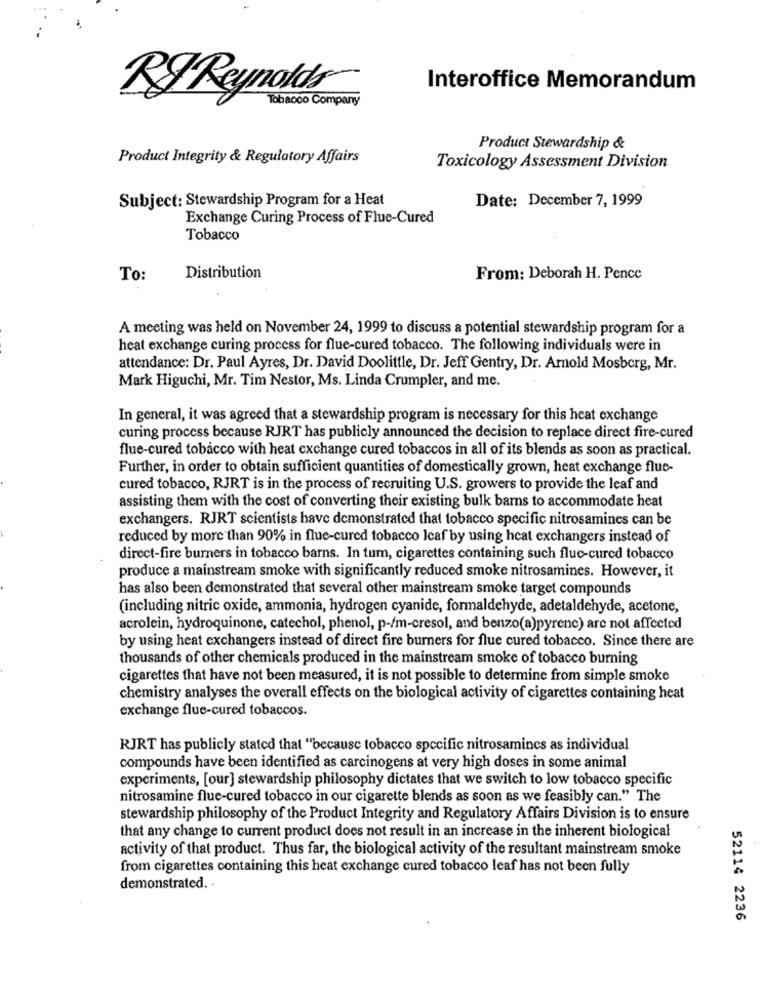
Interoffice Memorandum
RIReynolds
Tobacco Company
Product Stewardship &
Product Integrity & Regulatory Affairs
Toxicology Assessment Division
Subject: Stewardship Program for a Heat
Date: December 7, 1999
Exchange Curing Process of Flue-Cured
Tobacco
To:
Distribution
From: Deborah H. Pence
A meeting was held on November 24, 1999 to discuss a potential stewardship program for a
heat exchange curing process for flue-cured tobacco. The following individuals were in
attendance: Dr. Paul Ayres, Dr. David Doolittle, Dr. Jeff Gentry, Dr. Arnold Mosberg, Mr.
Mark Higuchi, Mr. Tim Nestor, Ms. Linda Crumpler, and me.
In general, it was agreed that a stewardship program is necessary for this heat exchange
curing process because RJRT has publicly announced the decision to replace direct fire-cured
flue-cured tobacco with heat exchange cured tobaccos in all of its blends as soon as practical.
Further, in order to obtain sufficient quantities of domestically grown, heat exchange flue-
cured tobacco, RJRT is in the process of recruiting U.S. growers to provide the leaf and
assisting them with the cost of converting their existing bulk barns to accommodate heat
exchangers. RJRT scientists have demonstrated that tobacco specific nitrosamines can be
reduced by more than 90% in flue-cured tobacco Icaf by using heat exchangers instead of
direct-fire burners in tobacco barns. In tum, cigarettes containing such fluc-cured tobacco
produce a mainstream smoke with significantly reduced smoke nitrosamines. However, it
has also been demonstrated that several other mainstream smoke target compounds
(including nitric oxide, ammonia, hydrogen cyanide, formaldehyde, adetaldehyde, acetone,
acrolein, hydroquinone, catechol, phenol, p-/m-cresol, and benzo(a)pyrene) are not affected
by using heat exchangers instead of direct fire burners for flue cured tobacco. Since there are
thousands of other chemicals produced in the mainstream smoke of tobacco burning
cigarettes that have not been measured, it is not possible to determine from simple smoke
chemistry analyses the overall effects on the biological activity of cigarettes containing heat
exchange flue-cured tobaccos.
RJRT has publicly stated that "because tobacco specific nitrosamincs as individual
compounds have been identified as carcinogens at very high doses in some animal
experiments, [our] stewardship philosophy dictates that we switch to low tobacco specific
nitrosamine flue-cured tobacco in our cigarette blends as soon as we feasibly can." The
stewardship philosophy of the Product Integrity and Regulatory Affairs Division is to ensure
that any change to current product does not result in an increase in the inherent biological
activity of that product. Thus far, the biological activity of the resultant mainstream smoke
from cigarettes containing this heat exchange cured tobacco leaf has not been fully
demonstrated. .
52114 2236